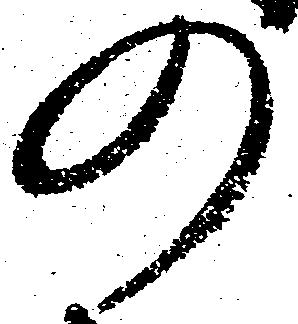
の